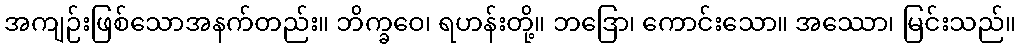
အကျဉ်းဖြစ်သောအနက်တည်း။ ဘိက္ခဝေ၊ ရဟန်းတို့။ ဘဒြော၊ ကောင်းသော။ အဿော၊ မြင်းသည်။